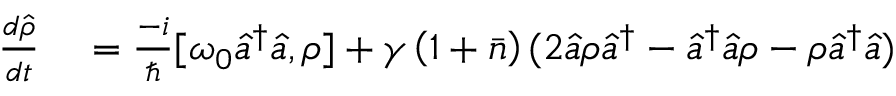
\begin{array} { r l } { \frac { d \hat { \rho } } { d t } } & { { } = \frac { - i } { \hbar } [ \omega _ { 0 } \hat { a } ^ { \dagger } \hat { a } , \rho ] + \gamma \left( 1 + \bar { n } \right) ( 2 \hat { a } \rho \hat { a } ^ { \dagger } - \hat { a } ^ { \dagger } \hat { a } \rho - \rho \hat { a } ^ { \dagger } \hat { a } ) } \end{array}